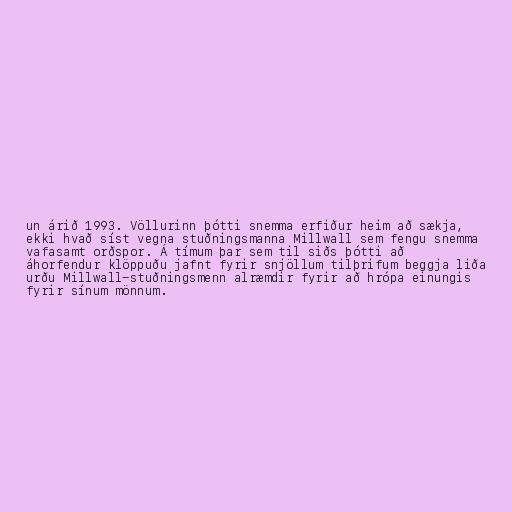
un árið 1993. Völlurinn þótti snemma erfiður heim að sækja,
ekki hvað síst vegna stuðningsmanna Millwall sem fengu snemma
vafasamt orðspor. Á tímum þar sem til siðs þótti að
áhorfendur klöppuðu jafnt fyrir snjöllum tilþrifum beggja liða
urðu Millwall-stuðningsmenn alræmdir fyrir að hrópa einungis
fyrir sínum mönnum.